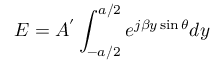
E = A ^ { ' } \int _ { - a / 2 } ^ { a / 2 } e ^ { j \beta y \sin \theta } d y